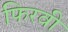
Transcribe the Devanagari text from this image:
फिरवी